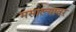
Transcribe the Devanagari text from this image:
मसाल्यावर